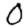
Digit: 0